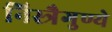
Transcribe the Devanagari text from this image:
निस्त्रैगुण्ये